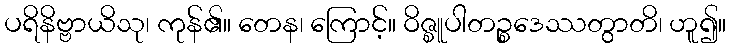
ပရိနိဗ္ဗာယိသု၊ ကုန်၏။ တေန၊ ကြောင့်။ ဝိဇ္စူပါတဉ္စဒေဿတွာတိ၊ ဟူ၍။